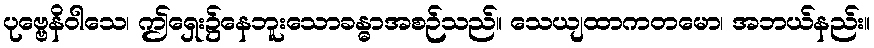
ပုဗ္ဗေနိဝါသေ၊ ဤရှေး၌နေဘူးသောခန္ဓာအစဉ်သည်။ သေယျထာကတမော၊ အဘယ်နည်း။